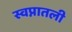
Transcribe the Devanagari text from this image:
स्वप्नातली